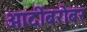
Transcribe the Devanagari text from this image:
आदींबरोबर